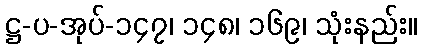
ဋ္ဌ-ပ-အုပ်-၁၄၇၊ ၁၄၈၊ ၁၆၉၊ သုံးနည်း။